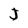
Character: j